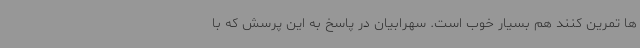
ها تمرین کنند هم بسیار خوب است. سهرابیان در پاسخ به این پرسش که با